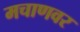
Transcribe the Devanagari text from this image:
मचाणवर